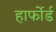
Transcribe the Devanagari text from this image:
हार्फोर्ड